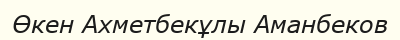
Өкен Ахметбекұлы Аманбеков